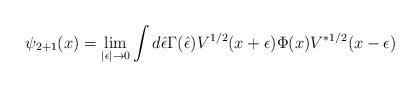
LaTeX: \begin{align*}\psi_{2+1}(x)=\lim_{|\epsilon|\rightarrow 0}\int d\hat\epsilon\Gamma(\hat\epsilon)V^{1/2}(x+\epsilon)\Phi(x) V^{*1/2}(x-\epsilon)\end{align*}